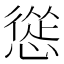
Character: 慫